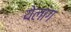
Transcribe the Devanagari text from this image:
येलांग